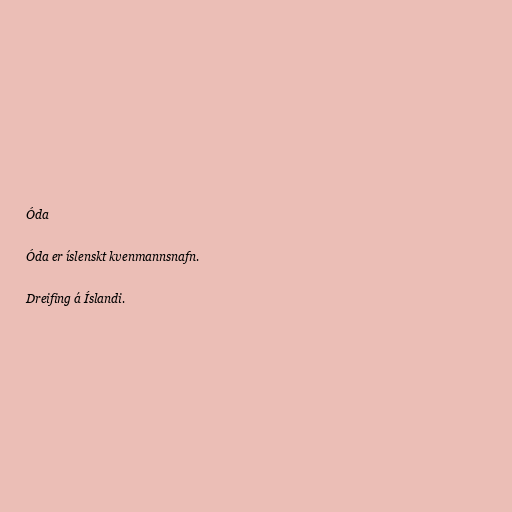
Óda

Óda er íslenskt kvenmannsnafn.

Dreifing á Íslandi.